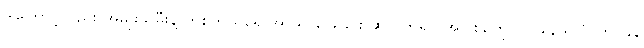
ဒါကြောင့်လည်း အမျိုးသမီးနဲ့ တစ်ကိုယ်ရေ အာသာဖြေခြင်း ဆိုလိုက်ရင် အပြစ်တွေ လုပ်နေသလို ဟင်ခနဲ